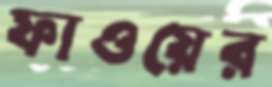
ফাওয়ের